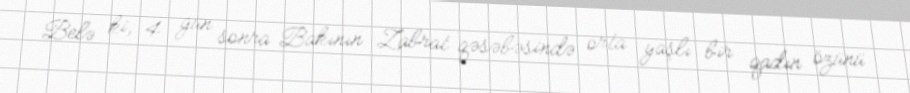
Belə ki, 4 gün sonra Bakının Zabrat qəsəbəsində orta yaşlı bir qadın özünü